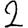
Digit: 2